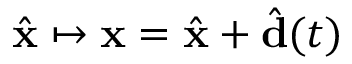
\hat { \mathbf { x } } \mapsto \mathbf { x } = \hat { \mathbf { x } } + \hat { \mathbf { d } } ( t )